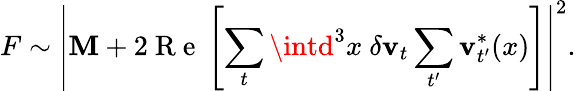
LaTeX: F\sim\left|\mathbf{M}+2\mathrm{{~R~e~}}\left[\sum_{t}\intd^{3}x\ \delta\textbf{{v}}_{t}\sum_{t^{\prime}}\textbf{{v}}_{t^{\prime}}^{*}(x)\right]\right|^{2}.